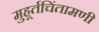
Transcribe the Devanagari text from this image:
मुहूर्तचिंतामणी